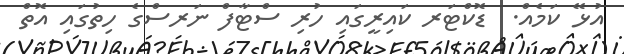
އުޅޭ ކަމެއް.  ޑޮކްޓަރ ކައިރީގައި ހުރި ސްޓާފް ނަރސްގެ ހިތުގައި އޮތް